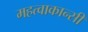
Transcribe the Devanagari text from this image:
महत्वाकान्सी